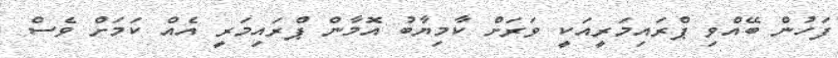
ފަހުން ބޭއްވި ޕްރައިމަރީއަކީ ވަރަށް ކާމިޔާބު އޮމާން ޕްރައިމަރީ އެއް ކަމަށް ވެސް